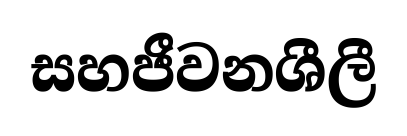
සහජීවනශීලී